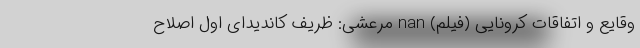
وقایع و اتفاقات کرونایی (فیلم) nan مرعشی: ظریف کاندیدای اول اصلاح